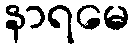
နာရမေ